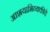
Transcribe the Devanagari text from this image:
आशयाभिव्यक्तीचे